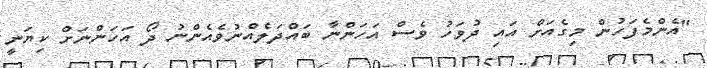
"އެންމެފަހުން މިގެއަށް އައި ދުވަހު ވެސް އަހަންނާ ބައްދަލެއްނުވެއެންނު ދޯ އަހަންނަށް ކިޔަނީ